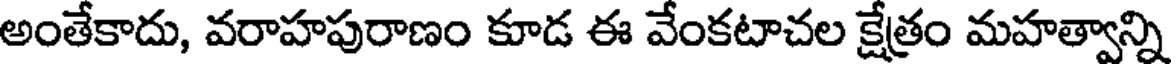
అంతేకాదు, వరాహపురాణం కూడ ఈ వేంకటాచల క్షేత్రం మహత్వాన్ని